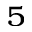
_ 5